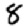
Digit: 8